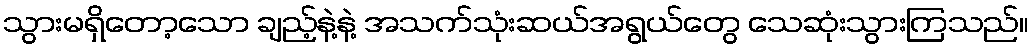
သွားမရှိတော့သော ချည့်နဲ့နဲ့ အသက်သုံးဆယ်အရွယ်တွေ သေဆုံးသွားကြသည်။